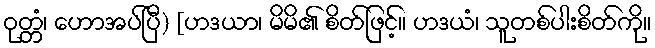
ဝုတ္တံ၊ ဟောအပ်ပြီ) [ဟဒယာ၊ မိမိ၏ စိတ်ဖြင့်။ ဟဒယံ၊ သူတစ်ပါးစိတ်ကို။